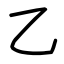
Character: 乙